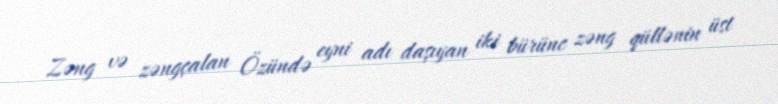
Zəng və zəngçalan Özündə eyni adı daşıyan iki bürünc zəng qüllənin üst